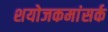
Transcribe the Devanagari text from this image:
शयोजकमांसर्क